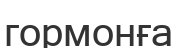
гормонға